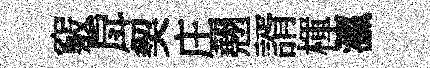
竅戽契庄翹諝楎瀛